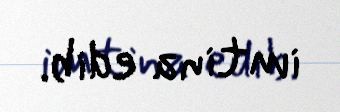
imtina edib.